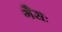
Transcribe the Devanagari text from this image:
गैसः